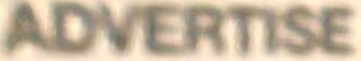
ADVERTISE